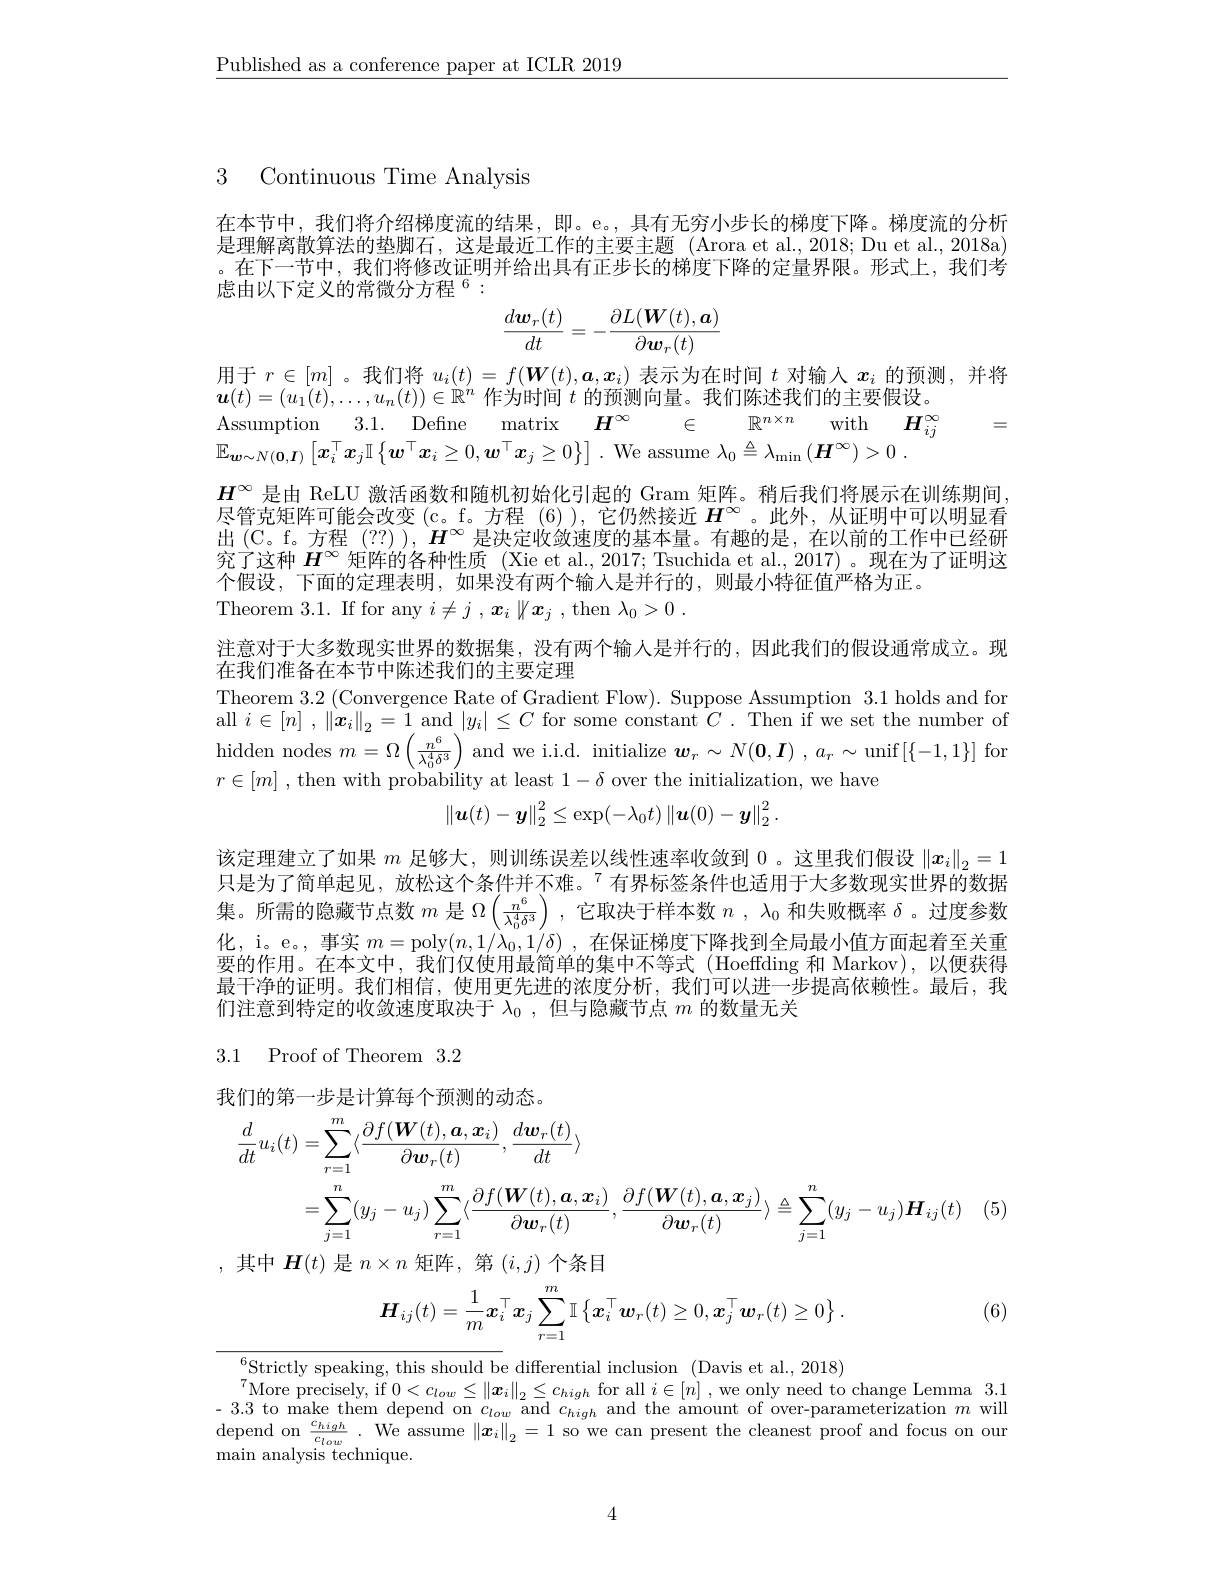
$\underline{\text{Published as a conference paper at ICLR 2019}}$

3 Continuous Time Analysis

在本节中，我们将介绍梯度流的结果，即。e。,具有无穷小步长的梯度下降。梯度流的分析是理解离散算法的垫脚石，这是最近工作的主要主题 (Arora et al., 2018; Du et al., 2018a) 。在下一节中，我们将修改证明并给出具有正步长的梯度下降的定量界限。形式上，我们考虑由以下定义的常微分方程$^{6}:$
$$\frac{d\boldsymbol{w}_r(t)}{dt}=-\frac{\partial L(\boldsymbol{W}(t),\boldsymbol{a})}{\partial\boldsymbol{w}_r(t)}$$
$\begin{array}{l}\text{用于 }r\in[m]\text{。我们将 }u_i(t)=f(\boldsymbol{W}(t),\boldsymbol{a},\boldsymbol{x}_i)\text{ 表示为在时间 }t\text{ 对输入 }x_i\text{ 的预测，并将}\\\boldsymbol{u}(t)=(u_1(t),\ldots,u_n(t))\in\mathbb{R}^n\text{ 作为时间 }t\text{ 的预测向量。我们陈述我们的主要假设。}\end{array}$
Assumption 3.1. Define matrix $H^\infty$ $\in$ $\mathbb{R} ^{n\times n}$ with $\boldsymbol{H}_ij^\infty$

=

$\mathbb{E}_{\boldsymbol{w}\sim N(\boldsymbol{0},\boldsymbol{I})}\left[x_i^\top x_j\mathbb{I}\left\{\boldsymbol{w}^\top\boldsymbol{x}_i\geq0,\boldsymbol{w}^\top\boldsymbol{x}_j\geq0\right\}\right].$ We assume $\lambda_0\triangleq\lambda_\min\left(\boldsymbol{H}^\infty\right)>0\:.$

$H^{\infty}$是由 ReLU 激活函数和随机初始化引起的 Gram 矩阵。稍后我们将展示在训练期间， 尽管克矩阵可能会改变(c。f。方程(6)),它仍然接近$H^{\infty}$ 。此外，从证明中可以明显看出 (C。f。方程 (??) ), $H^\infty$是决定收敛速度的基本量。有趣的是，在以前的工作中已经研究了这种$H^{\infty}$矩阵的各种性质 (Xie et al., 2017; Tsuchida et al., 2017) 。现在为了证明这个假设，下面的定理表明，如果没有两个输入是并行的，则最小特征值严格为正。
Theorem 3.1. If for any $i\neq j,\boldsymbol{x}_i\begin{Vmatrix}x_{j}&,\mathrm{then}&\lambda_{0}>0\\\end{Vmatrix}.$

注意对于大多数现实世界的数据集，没有两个输入是并行的，因此我们的假设通常成立。现
在我们准备在本节中陈述我们的主要定理
Theorem 3.2 (Convergence Rate of Gradient Flow). Suppose Assumption 3.1 holds and for all $i\in [ n]$ , $\| \boldsymbol{x}_{i}\| _{2}= \overline {1}$ and $|y_{i}|\leq C$ for some constant $C.$ Then if we set the number of hidden nodes $m=\Omega\left(\frac{n^6}{\lambda_0^4\delta^3}\right)$and we i.i.d. initialize $\boldsymbol w_r\sim N(\mathbf{0},\boldsymbol{I})$ , $a_r\sim\operatorname*{unif}[\{-1,1\}]$ for $r\in[m]$ , then with probability at least $1-\delta$ over the initialization, we have
$$\left\|\boldsymbol{u}(t)-\boldsymbol{y}\right\|_2^2\leq\exp(-\lambda_0t)\left\|\boldsymbol{u}(0)-\boldsymbol{y}\right\|_2^2.$$
该定理建立了如果$m$足够大，则训练误差以线性速率收敛到0 。这里我们假设$\|x_i\|_2=1$ 只是为了简单起见，放松这个条件并不难。$^{7}$有界标签条件也适用于大多数现实世界的数据集。所需的隐藏节点数$m$是$\Omega\left(\frac{n^6}{\lambda_0^4\delta^3}\right)$,它取决于样本数$n,\lambda_0$和失败概率$\delta$ 。过度参数化，i。e。, 事实$m=$poly$(n,1/\lambda_0,1/\delta)$ ,在保证梯度下降找到全局最小值方面起着至关重要的作用。在本文中，我们仅使用最简单的集中不等式(Hoeffding 和 Markov),以便获得最干净的证明。我们相信，使用更先进的浓度分析，我们可以进一步提高依赖性。最后，我们注意到特定的收敛速度取决于$\lambda _0$ , 但与隐藏节点$m$的数量无关

# 3.1 Proof of Theorem3.2

我们的第一步是计算每个预测的动态。
$$\begin{aligned}\frac{d}{dt}u_{i}(t)&=\sum_{r=1}^m\langle\frac{\partial f(\boldsymbol{W}(t),\boldsymbol{a},\boldsymbol{x}_i)}{\partial\boldsymbol{w}_r(t)},\frac{d\boldsymbol{w}_r(t)}{dt}\rangle\\&=\sum_{j=1}^n(y_j-u_j)\sum_{r=1}^m\langle\frac{\partial f(\boldsymbol{W}(t),\boldsymbol{a},\boldsymbol{x}_i)}{\partial\boldsymbol{w}_r(t)},\frac{\partial f(\boldsymbol{W}(t),\boldsymbol{a},\boldsymbol{x}_j)}{\partial\boldsymbol{w}_r(t)}\rangle\triangleq\sum_{j=1}^n(y_j-u_j)\boldsymbol{H}_{ij}(t)\end{aligned}$$
,其中$H(t)$是$n\times n$矩阵，第$(i,j)$个条目
$$\boldsymbol{H}_{ij}(t)=\dfrac{1}{m}\boldsymbol{x}_{i}^{\top}\boldsymbol{x}_{j}\sum\limits_{r=1}^{m}\mathbb{I}\left\{\boldsymbol{x}_{i}^{\top}\boldsymbol{w}_{r}(t)\geq0,\boldsymbol{x}_{j}^{\top}\boldsymbol{w}_{r}(t)\geq0\right\}.$$
(6)

$\operatorname*{lim}_{\pi}^6$Strictly speaking, this should be differential inclusion (Davis et al., 2018)
$\text{T}_{\mathrm{More~precisely,~if~}0<c_{low}\leq\|\boldsymbol{x}_{i}\|_{2}\leq c_{high}\text{ for all }i\in[n]\text{ ,we only need to change Lemma 3.1}}$ $\text{T}_{\mathrm{More~precisely,~if~}0<c_{low}\leq\|\boldsymbol{x}_{i}\|_{2}\leq c_{high}\text{ for all }i\in[n]\text{ ,we only need to }\mathrm{change~Lemma~3.1}}$ - 3.3 to make them depend on $c_{low}$ and $c_{high}$ and the amount of over-parameterization $m$ will depend on $\frac{c_{high}}{c_{low}}.$ We assume $\|\boldsymbol x_i\|_2=1$ so we can present the cleanest proof and focus on our $\operatorname*{main}$ analysis technique.

4